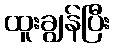
ထူးချွန်ပြီး